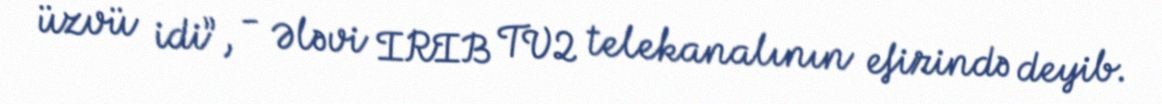
üzvü idi”, - Ələvi IRIB TV2 telekanalının efirində deyib.